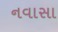
નવાસા